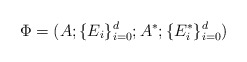
\begin{align*}\Phi=(A; \{E_i\}^d_{i=0}; A^*; \{E^*_i\}^d_{i=0})\end{align*}